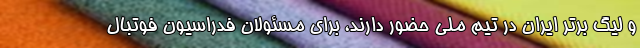
و لیگ ‌برتر ایران در تیم ملی حضور دارند، برای مسئولان فدراسیون فوتبال